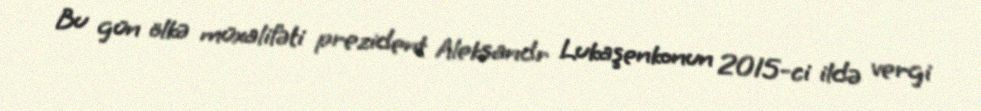
Bu gün ölkə müxalifəti prezident Aleksandr Lukaşenkonun 2015-ci ildə vergi